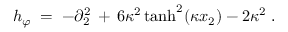
h _ { \varphi } \; = \; - \partial _ { 2 } ^ { 2 } \, + \, 6 \kappa ^ { 2 } \operatorname { t a n h } ^ { 2 } ( \kappa x _ { 2 } ) - 2 \kappa ^ { 2 } \; .